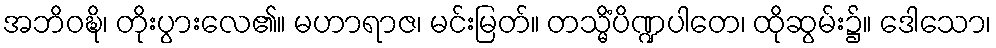
အဘိဝဍ္ဎိ၊ တိုးပွားလေ၏။ မဟာရာဇ၊ မင်းမြတ်။ တသ္မိံပိဏ္ဍပါတေ၊ ထိုဆွမ်း၌။ ဒေါသော၊